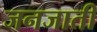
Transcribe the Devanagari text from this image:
जनजातीं